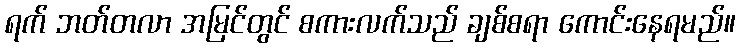
ရက် ဘတ်တလာ အမြင်တွင် စကားလက်သည် ချစ်စရာ ကောင်းနေရမည်။